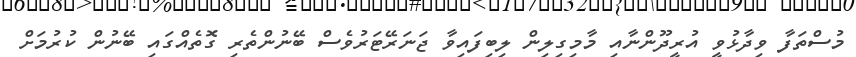
މުސްތަފާ ވިދާޅުވީ އުރީދޫންނާއި މާމިގިލިން ލިބިފައިވާ ޖަނަރޭޓަރުވެސް ބޭނުންތެރި ގޮތެއްގައި ބޭނުން ކުރުމަށް